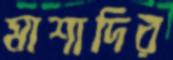
মাশাদির